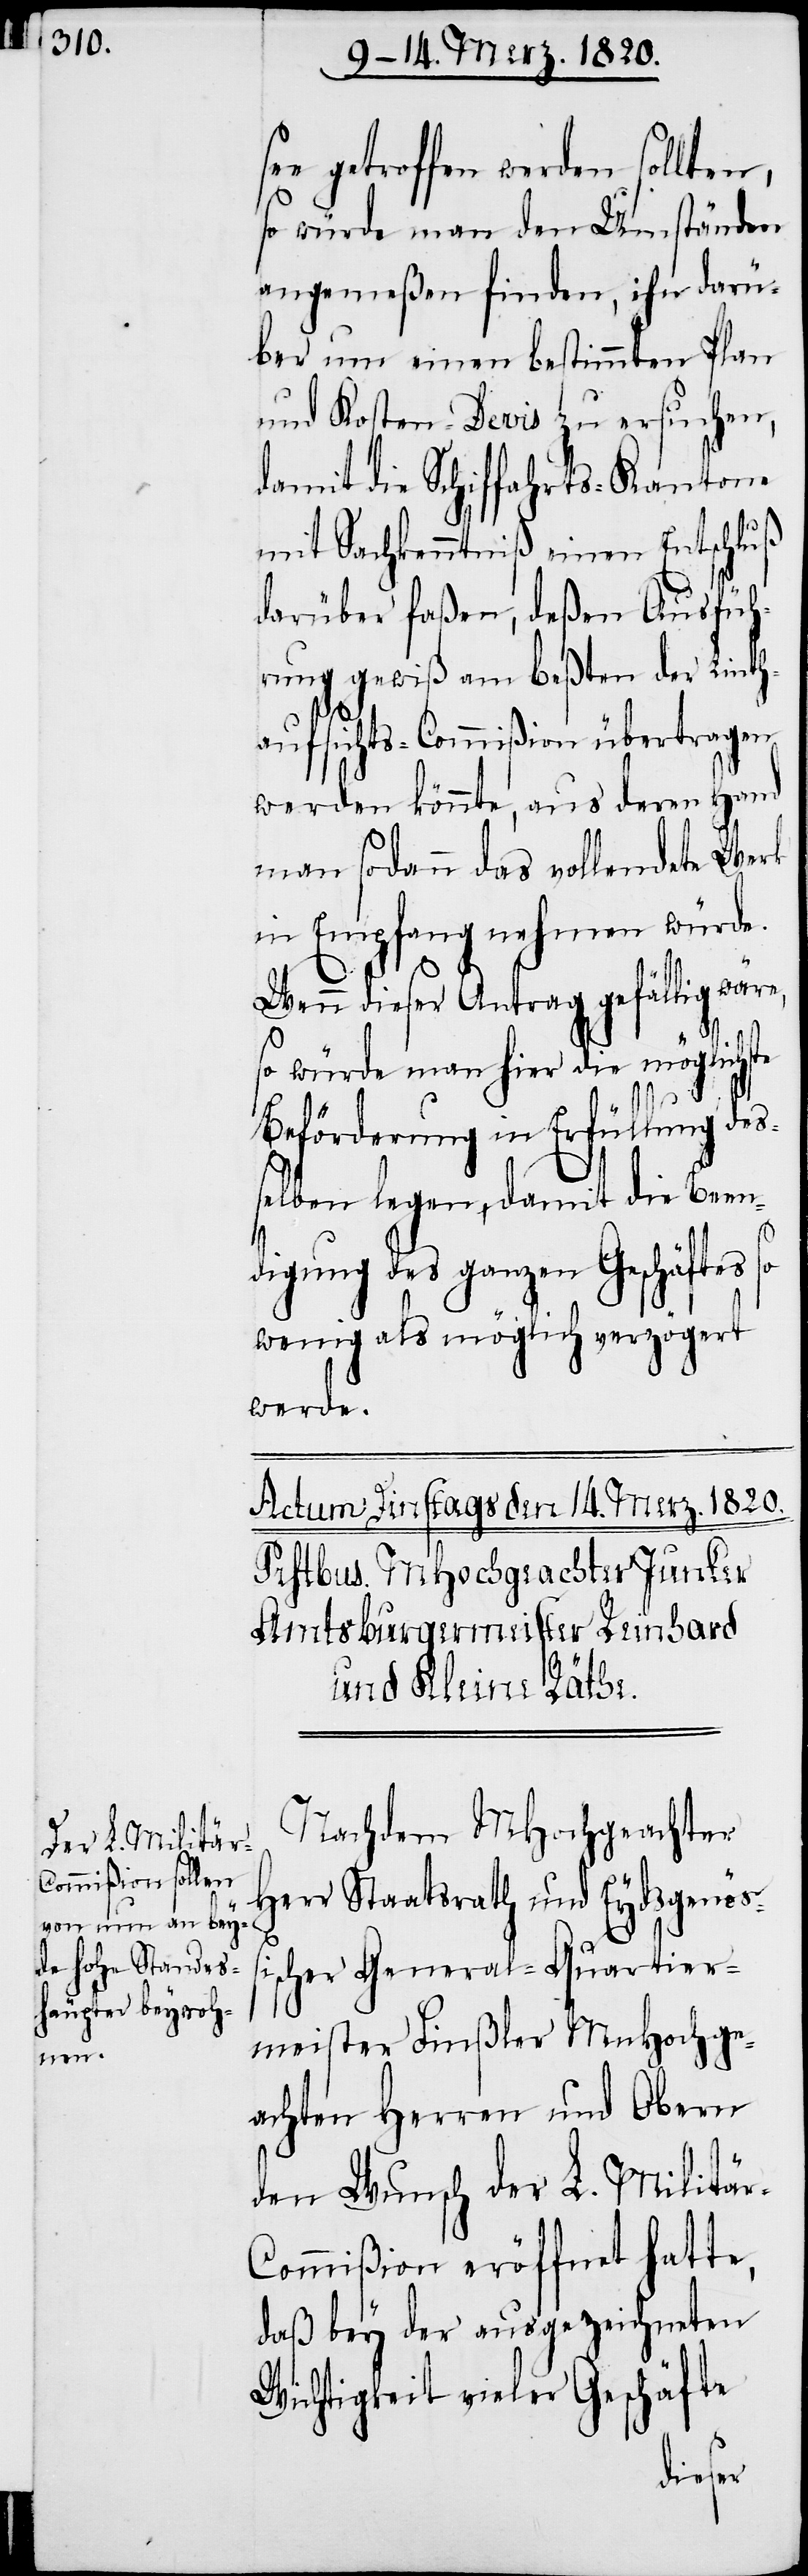
r-C¬

e getroffen werden sollten,
so würde man den Umständen
angemeßen finden, ihn darü¬
ber um einen bestimmten Plan
und Kosten-Devis zu ersuchen,
damit die Schiffahrts-Kantone
mit Sachkenntniß einen Entschluß
darüber faßen, deßen Ausfüh¬
rung gewiß am beßten der Linth¬
aufsichts-Commißion übertragen
werden könnte, aus deren Hand
man sodann das vollendete Werk
in Empfang nehmen würde.
Wenn dieser Antrag gefällig wäre,
so würde man hier die möglichste
se¬
Beförderung in Erfüllung des¬
selben legen, damit die Been¬
digung des ganzen Geschäftes
wenig als möglich verzögert
werde.
Nachdem MHochgeachter
Herr Staatsrath und Eydsgenößi¬
scher General-Quartier¬
meister Finßler MnHochge¬
achten Herren und Obern
den Wunsch der L. Militä¬
ommißion eröffnet hatte,
daß bey der ausgezeichneten
Wichtigkeit vieler Geschäfte